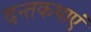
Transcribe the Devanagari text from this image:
दन्तकथाएं